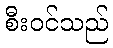
စီးဝင်သည်